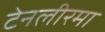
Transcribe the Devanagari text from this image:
टेनलीरमा